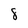
Character: 8